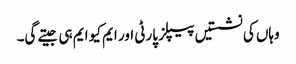
وہاں کی نشستیں پیپلز پارٹی اور ایم کیو ایم ہی جیتے گی۔